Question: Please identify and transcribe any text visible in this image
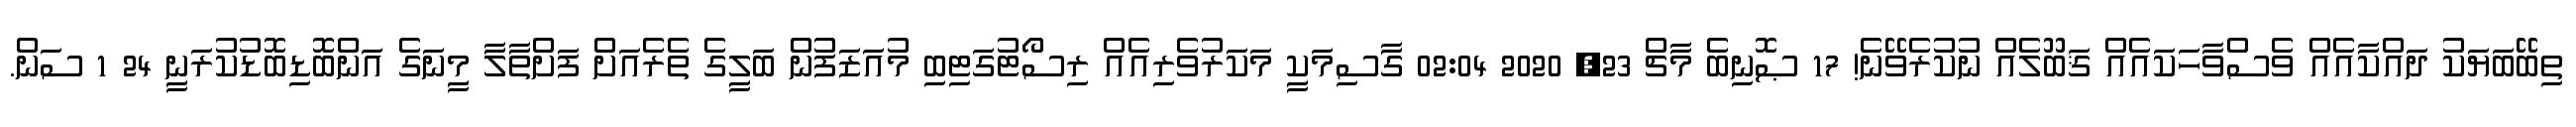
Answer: ތިބޭބަޔަކު ދައްކާއެއް ވެސްވާހަކައެއް ޤަބޫލެއް ނުކުރެވޭނެ! 17 ޞޮނިބެ މާޗް 23, 2020 02:04 ގަާސިމަކިީ މަކަރުވެރިއެއް ރިސޯޓުގަޓިބި މުއަޒަފުން ބަލިީގެ ތެރެއަށް ފަށްތަާލަާ މިީނަގެ އަންބޮޑިބޮޑުކުރަނިީ 24 1 ސަން.